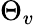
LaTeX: \Theta_{v}